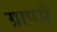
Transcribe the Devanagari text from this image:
ग्रापप्ले